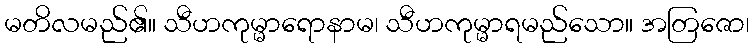
မတိလမည်၏။ သီဟကုမ္မာရောနာမ၊ သီဟကုမ္မာရမည်သော။ အတြဇော၊